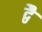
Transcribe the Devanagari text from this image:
द्वेै